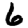
Digit: 6